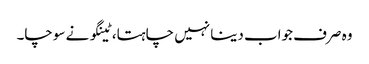
وہ صرف جواب دینا نہیں چاہتا، ٹینگو نے سوچا۔